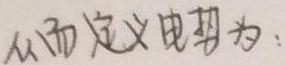
从而定义电势为：